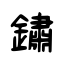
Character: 鏽